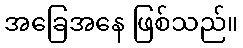
အခြေအနေ ဖြစ်သည်။